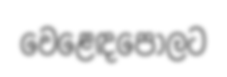
වෙළෙඳපොලට